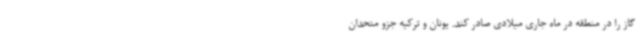
گاز را در منطقه در ماه جاری میلادی صادر کند. یونان و ترکیه جزو متحدان